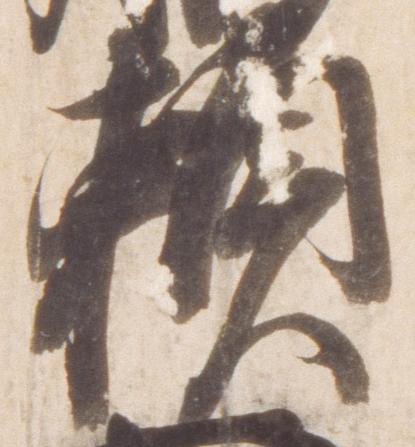
頼